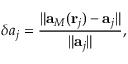
\delta a _ { j } = \frac { \rVert \mathbf { a } _ { M } ( \mathbf { r } _ { j } ) - \mathbf { a } _ { j } \lVert } { \lVert \mathbf { a } _ { j } \rVert } ,